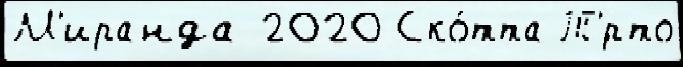
М'иранда 2020 Ско́тта Т'́рто